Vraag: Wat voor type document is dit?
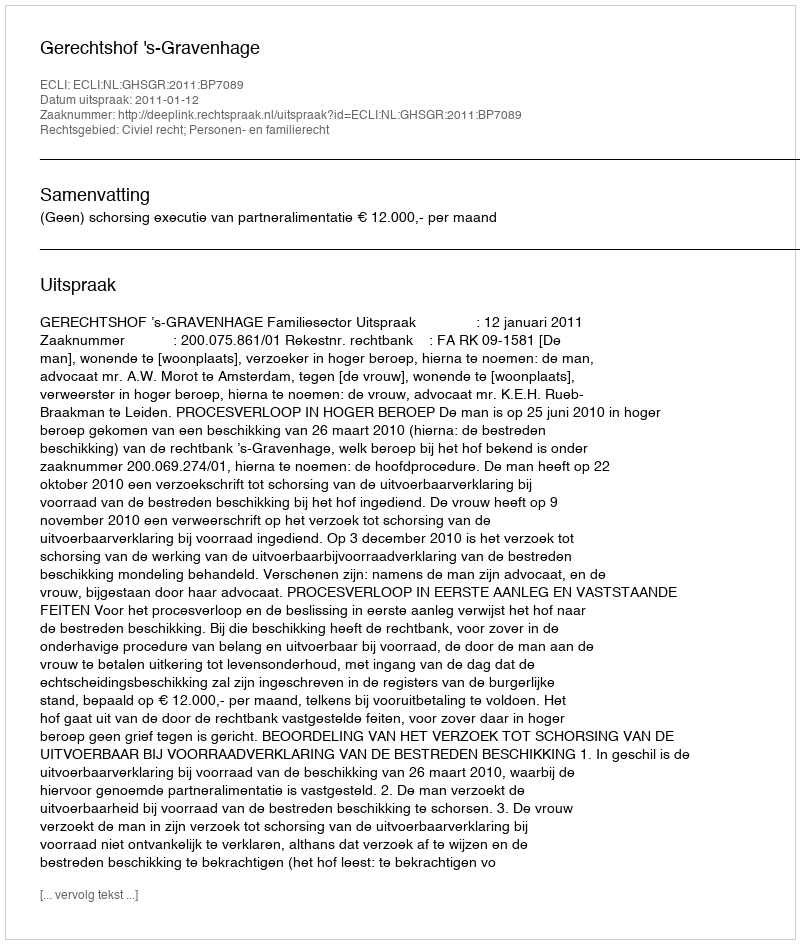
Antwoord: Uitspraak